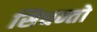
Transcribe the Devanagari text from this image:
सिधन्तो